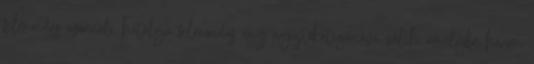
felmondás azonnali hatályú felmondás egy gyűjtőkategóriává válik, amelybe három